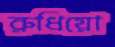
রুধিয়ো